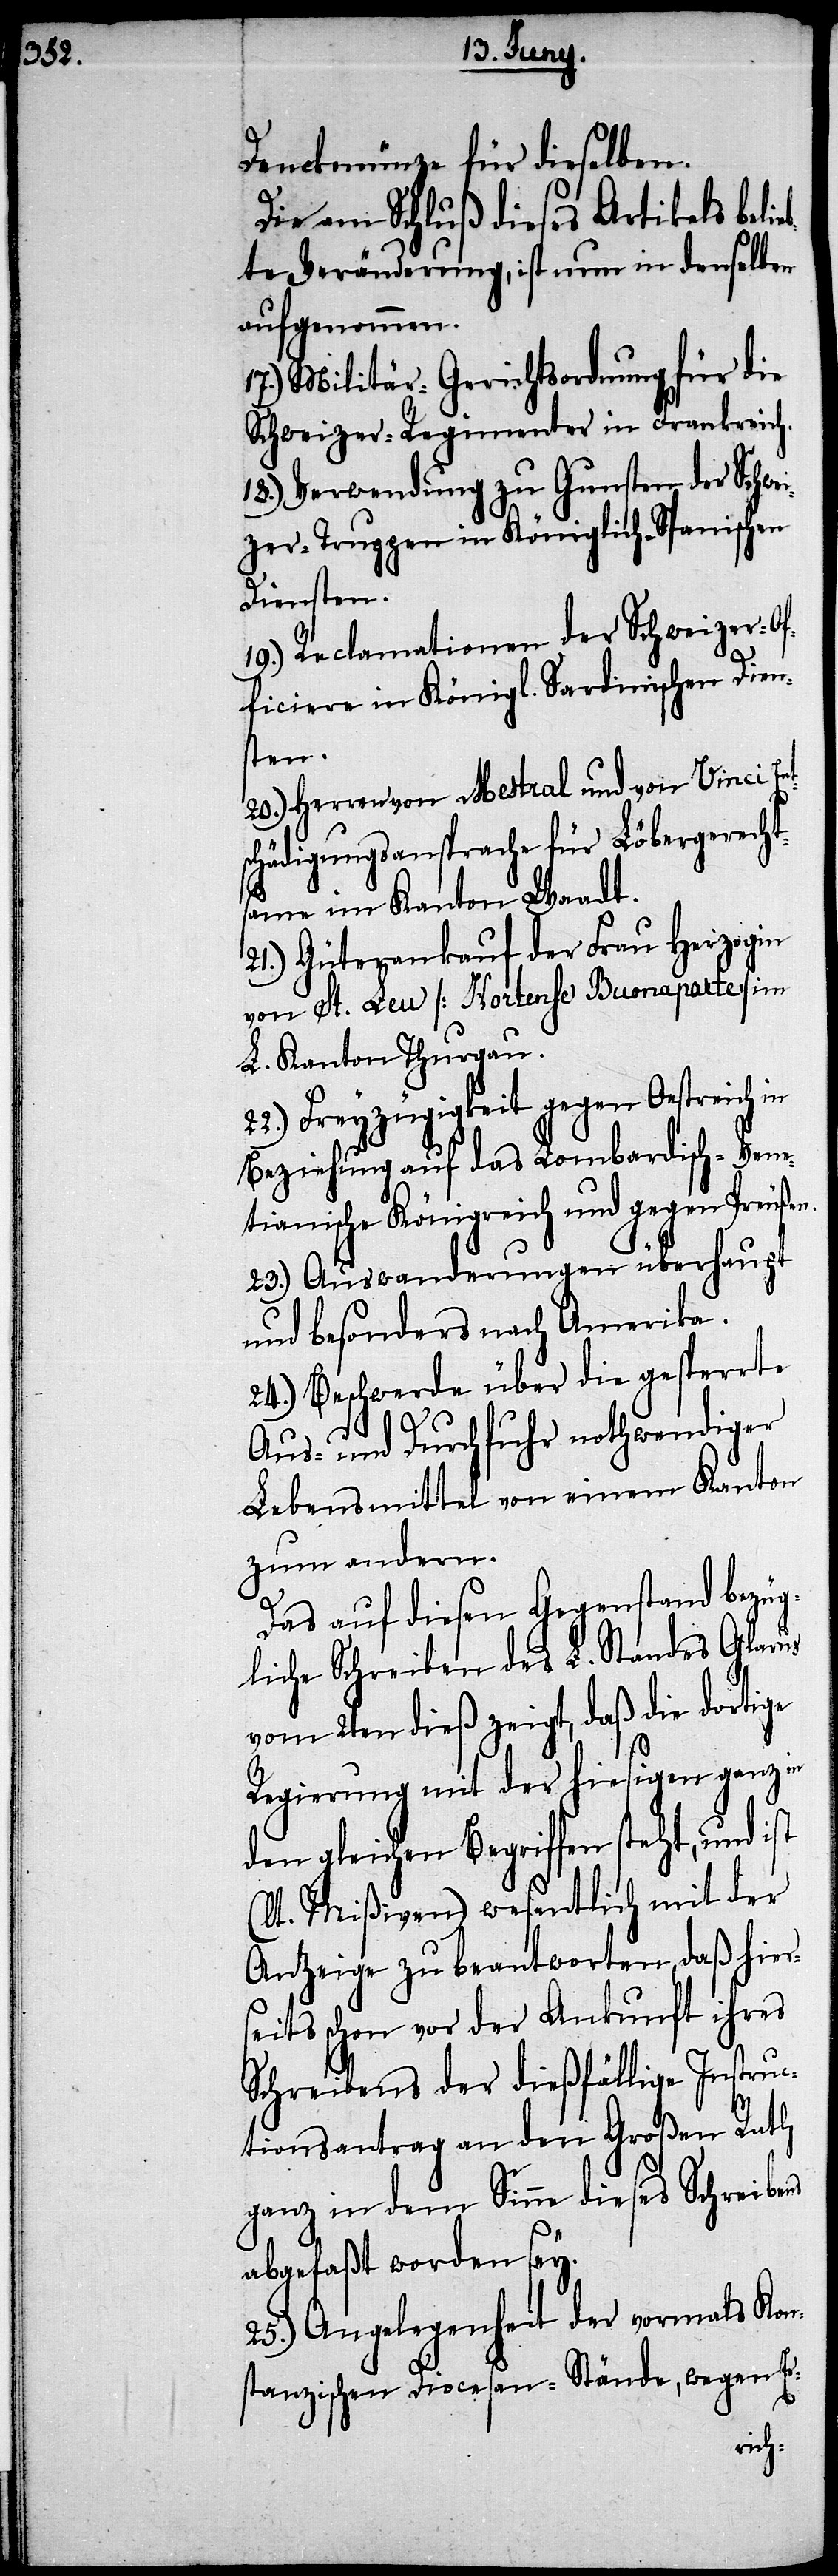
Denckmünze für dieselben.
Die am Schluß dieses Artikels beli¬
ebte Veränderung, ist nun in denselben
aufgenommen.
17.) Militär-Gerichtsordnung für die
Schweizer-Regimenter in Frankreich.
18.) Verwendung zu Gunsten der Schwe¬
izer-Truppen in Königlich-Spanischen
Diensten.
19.) Reclamationen der Schweizer-Of¬
ficiere in Königl. Sardinischen Dien¬
sten.
20.) Herren von Mestral und von Vonci En¬
ädigungsansprache für Löbergerecht¬
same im Kanton Waadt.
21.) Güterverkauf der Frau Herzogin
von St. Leu [Hortense Buonaparte] im
L. Kanton Thurgau.
22.) Freyzügigkeit gegen Oestreich in
Beziehung auf das Lombardisch-Vene¬
tianische Königreich und gegen Preußen.
23.) Auswanderungen überhaupt
und besonders nach Amerika.
24.) Beschwerde über die gesperrte
Aus- und Durchfuhr nothwendiger
Lebensmittel von einem Kanton
zum andern.
Das auf diesen Gegenstand bezüg¬
liche Schreiben des L. Standes Glarus
vom 2ten dieß zeigt, daß die dortige
Regierung mit der hiesigen ganz in
den gleichen Begriffen steht, und ist
(lt. Mißiven) wesentlich mit der
Anzewige zu beantworten, daß hiers¬
eits schon vor der Ankunft ihres
Schreibens der dießfällige Instruc¬
tionsantrag an den Großen Rath
ganz in dem Sinne dieses Schreibens
abgefaßt worden sey.
25.) Angelegenheit der vormals Kon¬
stanzischen Diocesan-Stände, wegen Er-
tsch¬